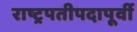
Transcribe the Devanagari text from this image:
राष्ट्रपतीपदापूर्वी